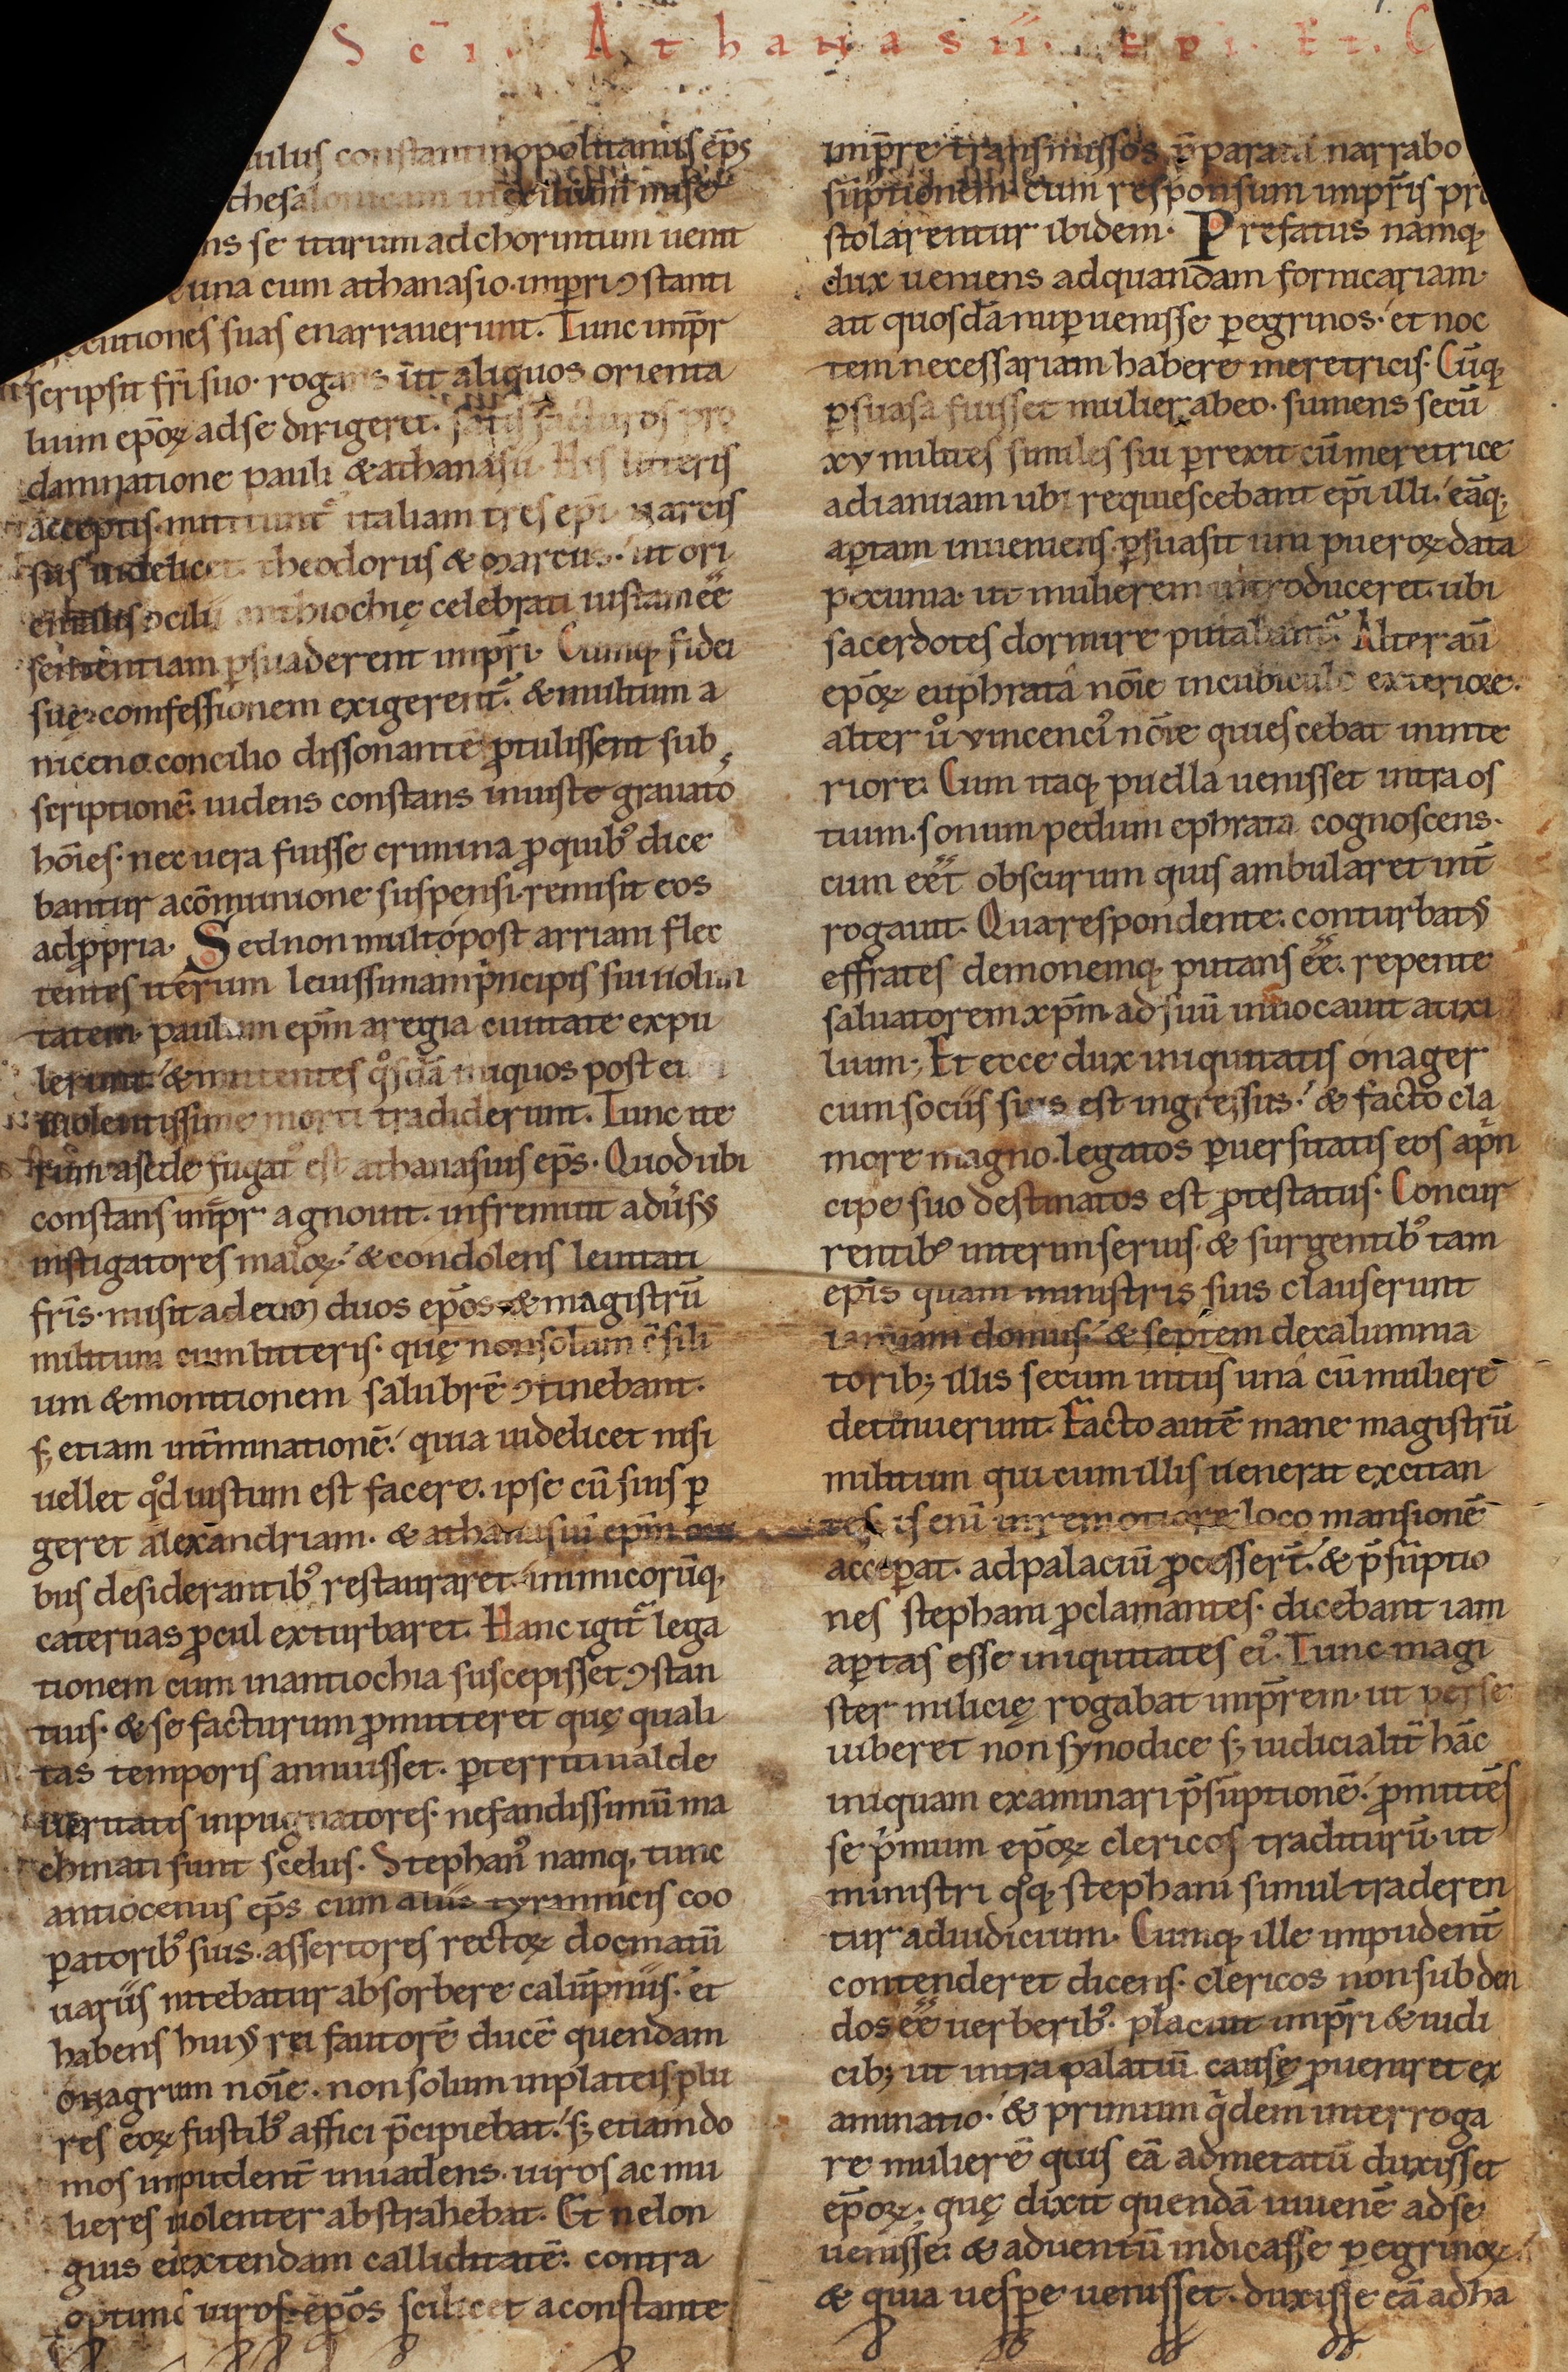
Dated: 1140–1170